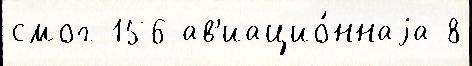
смог 156 ав'иацио́ннаjа 8